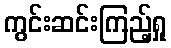
ကွင်းဆင်းကြည့်ရှု